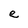
Character: e